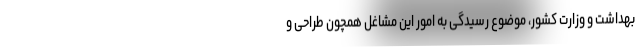
بهداشت و وزارت کشور، موضوع رسیدگی به امور این مشاغل همچون طراحی و